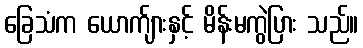
ခြေသံက ယောက်ျားနှင့် မိန်းမကွဲပြား သည်။